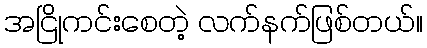
အငြိုကင်းစေတဲ့ လက်နက်ဖြစ်တယ်။